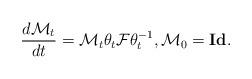
LaTeX: \begin{align*} \frac{d \mathcal{M}_t}{dt}= \mathcal{M}_t \theta_t \mathcal{F} \theta_t^{-1}, \mathcal{M}_0=\mathbf{Id}. \end{align*}